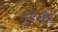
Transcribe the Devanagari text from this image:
गूसेन्बौएर